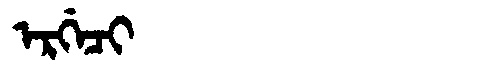
Manchu: ᡝᡵᡤᡝᠴᡳ
Romanization: ERGECI